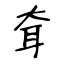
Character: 耷